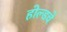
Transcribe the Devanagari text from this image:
होल्डचे